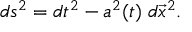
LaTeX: d s ^ { 2 } = d t ^ { 2 } - a ^ { 2 } ( t ) \; d \vec { x } ^ { 2 } .